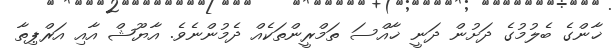
ޚާންގެ ބެލުމުގެ ދަށުން ދަނީ ޚާއްސަ ތަމްރީންތަކެއް ދެމުންނެވެ. އާޔޫޝް އާއި އަރްޕިތާ